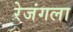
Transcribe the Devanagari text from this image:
रेजंगला